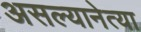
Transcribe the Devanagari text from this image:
असल्यानेत्या